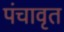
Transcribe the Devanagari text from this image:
पंचावृत